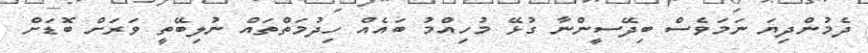
ދެމުންދިޔަ ނަމަވެސް ބިދޭސީންނާ ގުޅޭ މުހިއްމު ބައެއް ހިދުމަތްތައް ނުލިބޭތީ ވަރަށް ބޮޑަށް